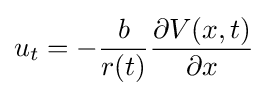
u_{t}=-{\frac {b}{r(t)}}{\frac {\partial V(x,t)}{\partial x}}